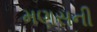
મણસની